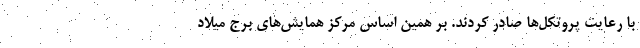
با رعایت پروتکل‌ها صادر کردند. بر همین اساس مرکز همایش‌های برج میلاد